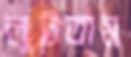
লুটতাম